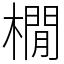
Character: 橌